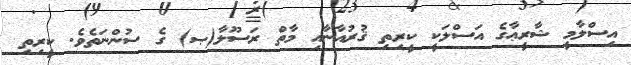
އިސްލާމީ ޝާރީޢާގެ އަސްލަކީ ކީރިތި ޤުރުއާނާއި މާތް ރަސޫލާ(ޞ) ގެ ސުންނަތެވެ. ކީރިތި